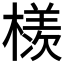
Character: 檨